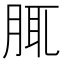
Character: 𦛖